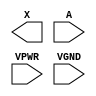
module sky130_fd_sc_hs__dlygate4sd3 (
    X   ,
    A   ,
    VPWR,
    VGND
);

    output X   ;
    input  A   ;
    input  VPWR;
    input  VGND;
endmodule